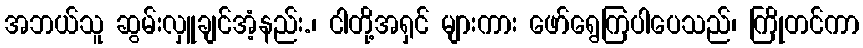
အဘယ်သူ ဆွမ်းလှူချင်အံ့နည်း.၊ ငါတို့အရှင် များကား ဖော်ရွေကြပါပေသည်၊ ကြိုတင်ကာ